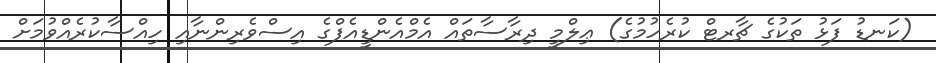
(ކަނޑު ފަޅު ތަކުގެ ޗާރޓް ކުރެހުމުގެ) ޢިލްމީ ދިރާސާތައް އެމްއެންޑީއެފްގެ އިސްވެރިންނާއި ހިއްސާކުރެއްވުމަށް